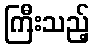
ကြီးသည့်